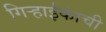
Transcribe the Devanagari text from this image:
गिर्‍हाईकांची